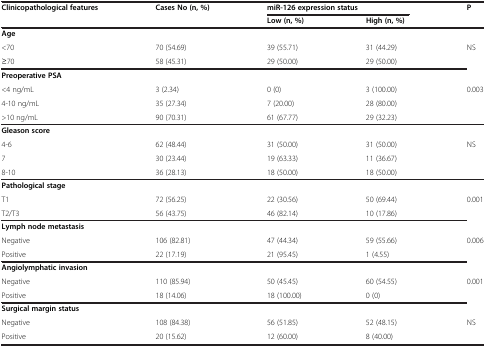
<table><thead><tr><td rowspan="2"><b>Clinicopathological features</b></td><td rowspan="2"><b>Cases No (n, %)</b></td><td colspan="2"><b>miR-126 expression status</b></td><td rowspan="2"><b>P</b></td></tr><tr><td><b>Low (n, %)</b></td><td><b>High (n, %)</b></td></tr></thead><tbody><tr><td><b>Age</b></td><td> </td><td> </td><td> </td><td> </td></tr><tr><td>&lt;70</td><td>70 (54.69)</td><td>39 (55.71)</td><td>31 (44.29)</td><td rowspan="2">NS</td></tr><tr><td>≥70</td><td>58 (45.31)</td><td>29 (50.00)</td><td>29 (50.00)</td></tr><tr><td><b>Preoperative PSA</b></td><td> </td><td> </td><td> </td><td> </td></tr><tr><td>&lt;4 ng/mL</td><td>3 (2.34)</td><td>0 (0)</td><td>3 (100.00)</td><td rowspan="2">0.003</td></tr><tr><td>4-10 ng/mL</td><td>35 (27.34)</td><td>7 (20.00)</td><td>28 (80.00)</td></tr><tr><td>&gt;10 ng/mL</td><td>90 (70.31)</td><td>61 (67.77)</td><td>29 (32.23)</td><td> </td></tr><tr><td><b>Gleason score</b></td><td> </td><td> </td><td> </td><td> </td></tr><tr><td>4-6</td><td>62 (48.44)</td><td>31 (50.00)</td><td>31 (50.00)</td><td rowspan="2">NS</td></tr><tr><td>7</td><td>30 (23.44)</td><td>19 (63.33)</td><td>11 (36.67)</td></tr><tr><td>8-10</td><td>36 (28.13)</td><td>18 (50.00)</td><td>18 (50.00)</td><td> </td></tr><tr><td><b>Pathological stage</b></td><td> </td><td> </td><td> </td><td> </td></tr><tr><td>T1</td><td>72 (56.25)</td><td>22 (30.56)</td><td>50 (69.44)</td><td rowspan="2">0.001</td></tr><tr><td>T2/T3</td><td>56 (43.75)</td><td>46 (82.14)</td><td>10 (17.86)</td></tr><tr><td><b>Lymph node metastasis</b></td><td> </td><td> </td><td> </td><td> </td></tr><tr><td>Negative</td><td>106 (82.81)</td><td>47 (44.34)</td><td>59 (55.66)</td><td rowspan="2">0.006</td></tr><tr><td>Positive</td><td>22 (17.19)</td><td>21 (95.45)</td><td>1 (4.55)</td></tr><tr><td><b>Angiolymphatic invasion</b></td><td> </td><td> </td><td> </td><td> </td></tr><tr><td>Negative</td><td>110 (85.94)</td><td>50 (45.45)</td><td>60 (54.55)</td><td rowspan="2">0.001</td></tr><tr><td>Positive</td><td>18 (14.06)</td><td>18 (100.00)</td><td>0 (0)</td></tr><tr><td><b>Surgical margin status</b></td><td> </td><td> </td><td> </td><td> </td></tr><tr><td>Negative</td><td>108 (84.38)</td><td>56 (51.85)</td><td>52 (48.15)</td><td>NS</td></tr><tr><td>Positive</td><td>20 (15.62)</td><td>12 (60.00)</td><td>8 (40.00)</td><td> </td></tr></tbody></table>